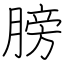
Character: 膀